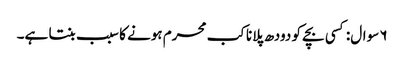
۶ سوال: کسی بچے کو دودھ پلانا کب محرم ہونے کا سبب بنتا ہے۔